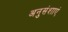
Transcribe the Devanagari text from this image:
अनुसंशाएं